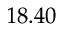
1 8 . 4 0